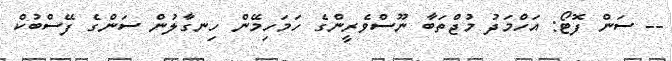
-- ސަން ފޮޓޯ: އަހްމަދު މުޖްތަބާ ނޫސްވެރީންގެ ހަމަހިމޭން ހިނގާލުން ސަންގެ ފޭސްބުކް